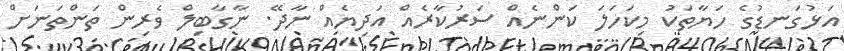
އަޅުގަނޑުގެ ހަޔާތަކު މިކަހަލަ ކަންނެއް ސަރުކާރެއް އަދިޔެއް ނާދޭ. ނާގާބިލް ވެރިން ތަންތަނަށް